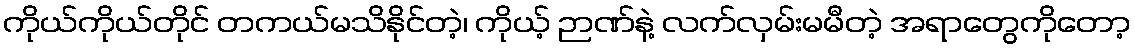
ကိုယ်ကိုယ်တိုင် တကယ်မသိနိုင်တဲ့၊ ကိုယ့် ဉာဏ်နဲ့ လက်လှမ်းမမီတဲ့ အရာတွေကိုတော့